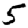
Digit: 5